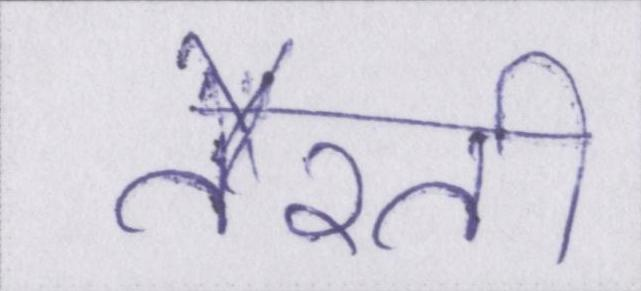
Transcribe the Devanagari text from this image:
तैरती